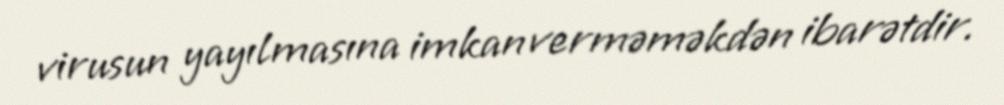
virusun yayılmasına imkan verməməkdən ibarətdir.